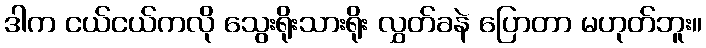
ဒါက ငယ်ငယ်ကလို သွေးရိုးသားရိုး လွှတ်ခနဲ ပြောတာ မဟုတ်ဘူး။